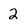
Character: 2